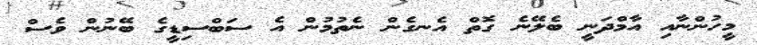
މީހުންނާއި އާމްދަނީ ބެލޭނެ ގޮތް އެނގެން ނެތުމުން އެ ސަބްސިޑީގެ ބޭނުން ވެސް